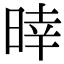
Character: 𣈑